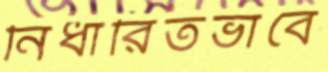
নির্ধারিতভাবে